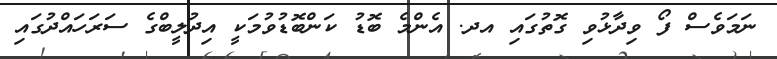
ނަމަވެސް ފޯ ވިދާޅުވި ގޮތުގައި އދ. އެންމެ ބޮޑު ކަންބޮޑުވުމަކީ އިދުލީބްގެ ސަރަހައްދުގައި